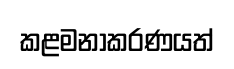
කළමනාකරණයත්